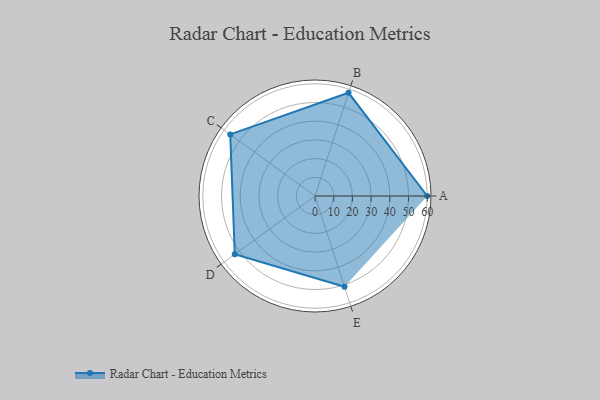
{"axis": {"x": "Skill", "y": "Score"}, "legend": ["Profile"], "data": [{"x": "A", "y": 60.0, "type": "Profile"}, {"x": "B", "y": 58.0, "type": "Profile"}, {"x": "C", "y": 56.0, "type": "Profile"}, {"x": "D", "y": 53.0, "type": "Profile"}, {"x": "E", "y": 51.0, "type": "Profile"}]}